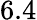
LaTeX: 6.4